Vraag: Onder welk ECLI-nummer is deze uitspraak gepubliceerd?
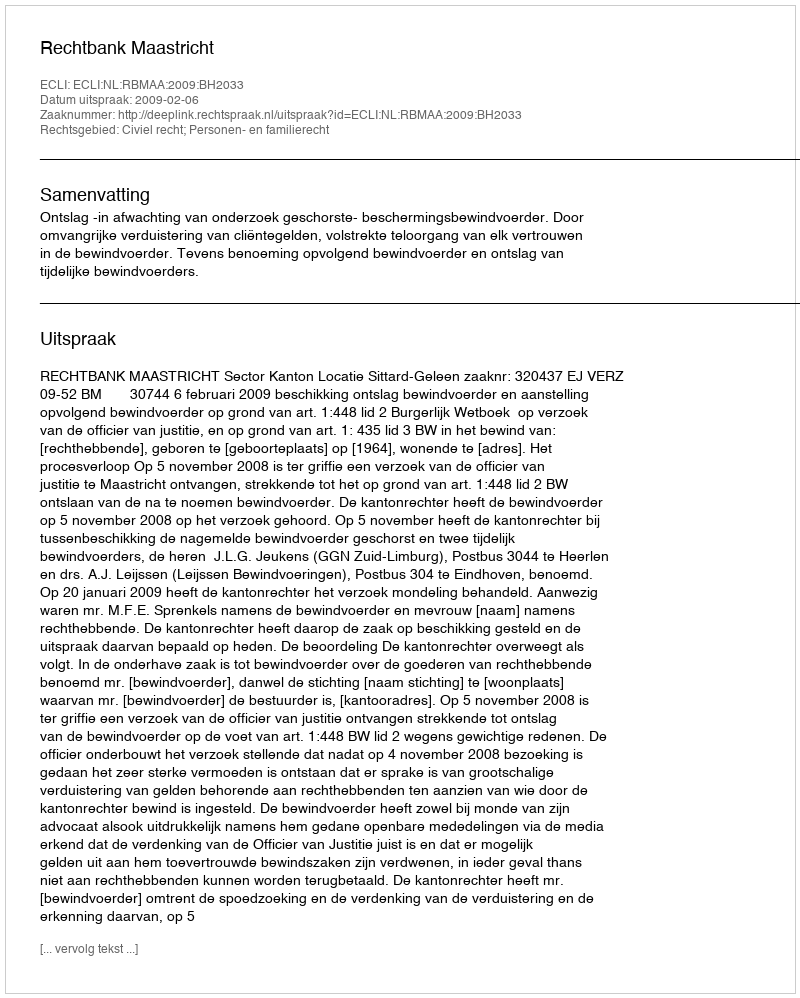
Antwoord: ECLI:NL:RBMAA:2009:BH2033